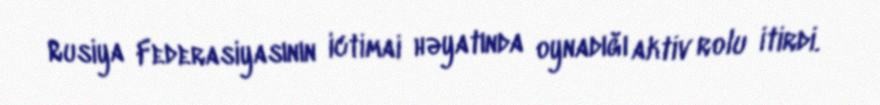
Rusiya Federasiyasının ictimai həyatında oynadığı aktiv rolu itirdi.